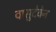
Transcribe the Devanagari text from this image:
वासुदेवेन